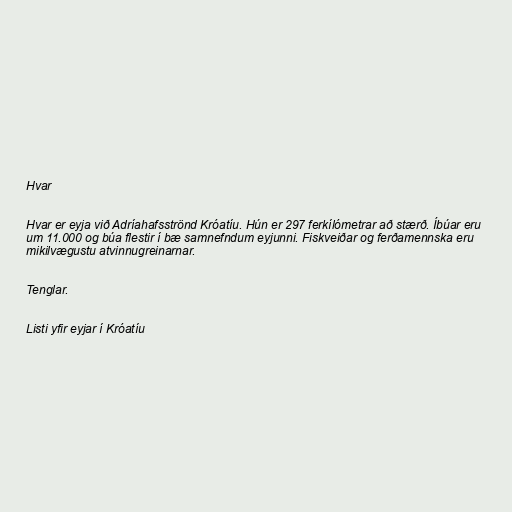
Hvar

Hvar er eyja við Adríahafsströnd Króatíu. Hún er 297 ferkílómetrar að stærð. Íbúar eru
um 11.000 og búa flestir í bæ samnefndum eyjunni. Fiskveiðar og ferðamennska eru
mikilvægustu atvinnugreinarnar.

Tenglar.

Listi yfir eyjar í Króatíu